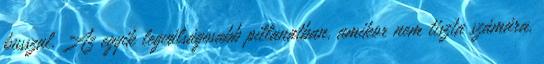
busszal. Az egyik legválságosabb pillanatban, amikor nem tiszta számára,